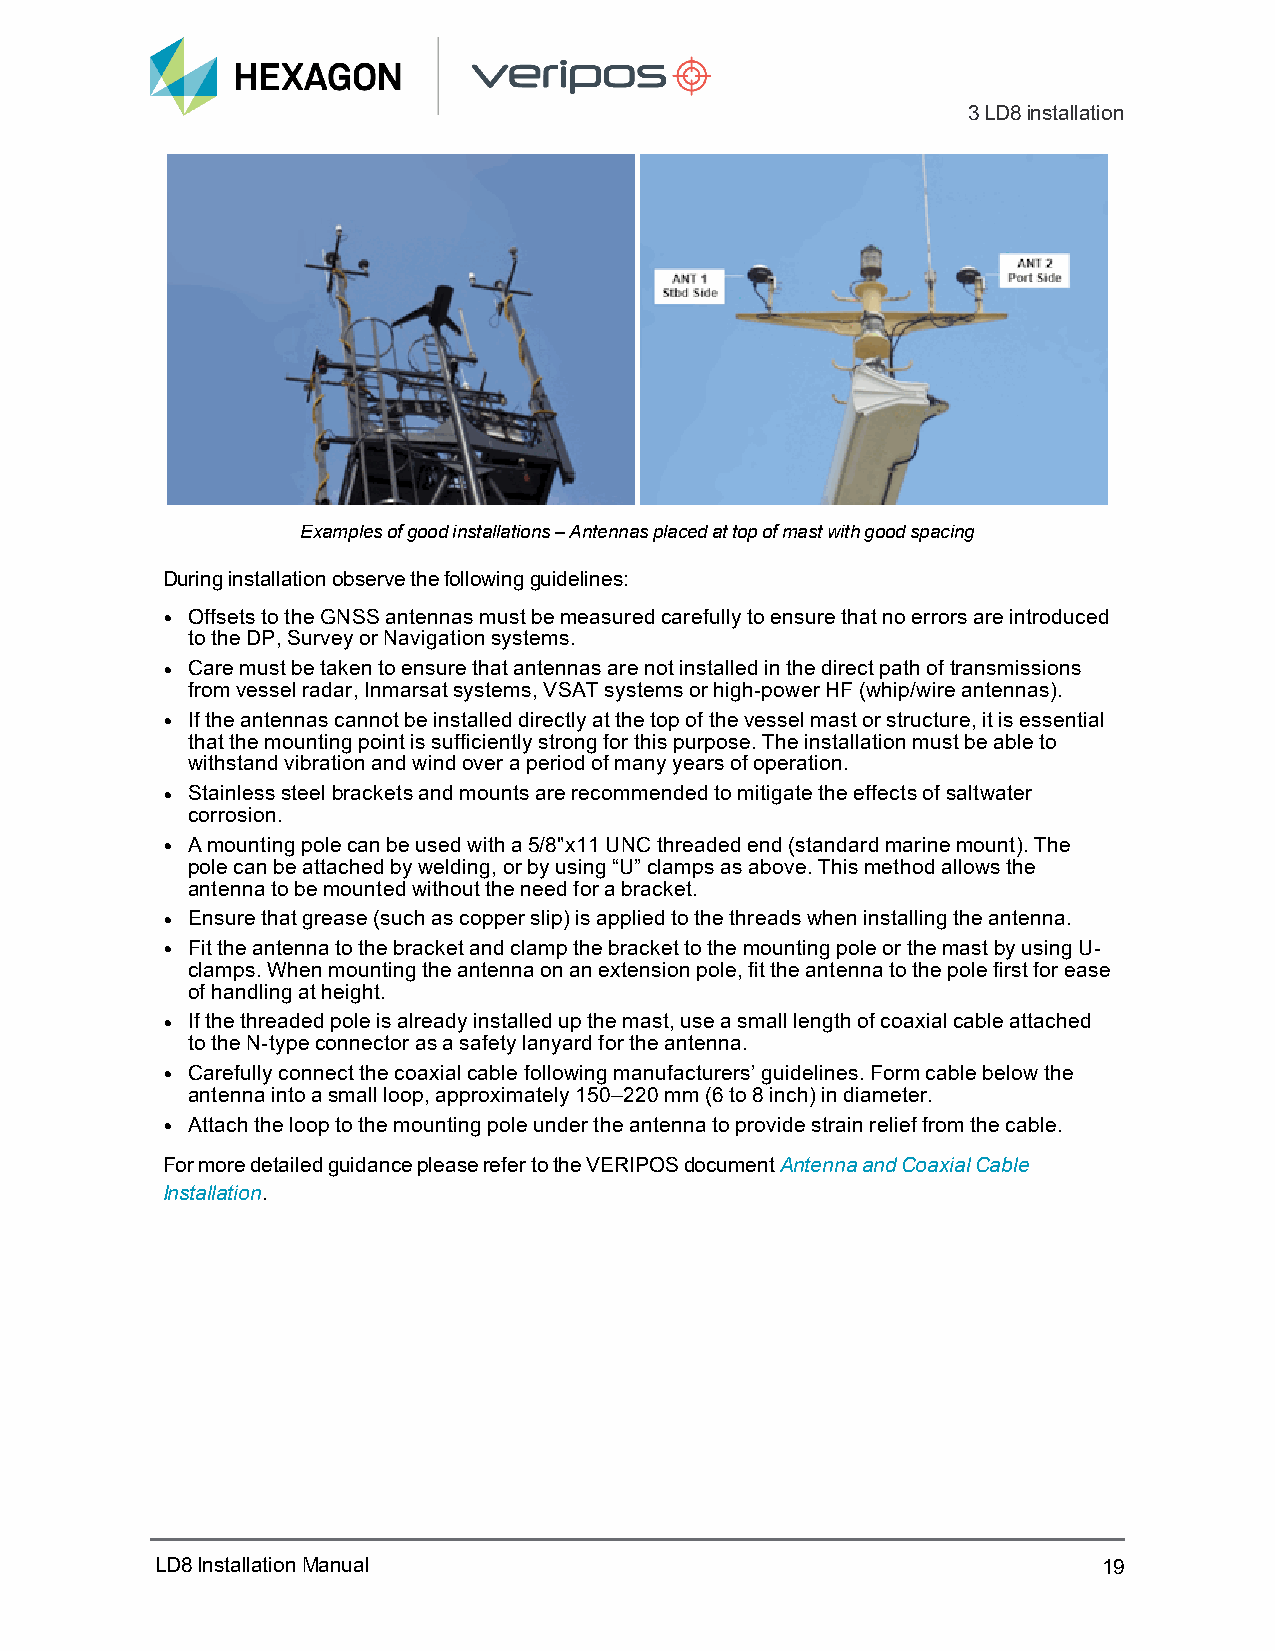
3LD8installation
 Examples of good installations – Antennas placed at top of mast with good spacing
 During installation observe the following guidelines:
 Offsets to the GNSS antennas must be measured carefully to ensure that no errors are introduced
 l
 to the DP, Survey or Navigation systems.
 Care must be taken to ensure that antennas are not installed in the direct path of transmissions
 l
 from vessel radar, Inmarsat systems, VSAT systems or high-power HF (whip/wire antennas).
 If the antennas cannot be installed directly at the top of the vessel mast or structure, it is essential
 l
 that the mounting point is sufficiently strong for this purpose. The installation must be able to
 withstand vibration and wind over a period of many years of operation.
 Stainless steel brackets and mounts are recommended to mitigate the effects of saltwater
 l
 corrosion.
 A mounting pole can be used with a 5/8"x11 UNC threaded end (standard marine mount). The
 l
 pole can be attached by welding, or by using “U” clamps as above. This method allows the
 antenna to be mounted without the need for a bracket.
 Ensure that grease (such as copper slip) is applied to the threads when installing the antenna.
 l
 Fit the antenna to the bracket and clamp the bracket to the mounting pole or the mast by using U-
 l
 clamps. When mounting the antenna on an extension pole, fit the antenna to the pole first for ease
 of handling at height.
 If the threaded pole is already installed up the mast, use a small length of coaxial cable attached
 l
 to the N-type connector as a safety lanyard for the antenna.
 Carefully connect the coaxial cable following manufacturers’ guidelines. Form cable below the
 l
 antenna into a small loop, approximately 150–220 mm (6 to 8 inch) in diameter.
 Attach the loop to the mounting pole under the antenna to provide strain relief from the cable.
 l
 For more detailed guidance please refer to the VERIPOS document Antenna and Coaxial Cable
 Installation.
 LD8InstallationManual                                          19